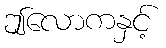
ဤလောကနှင့်